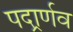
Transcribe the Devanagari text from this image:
पदार्र्णव